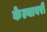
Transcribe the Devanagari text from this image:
केल्यावरी